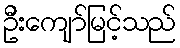
ဦးကျော်မြင့်သည်